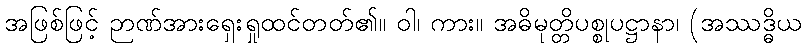
အဖြစ်ဖြင့် ဉာဏ်အားရှေးရှုထင်တတ်၏။ ဝါ၊ ကား။ အဓိမုတ္တိပစ္စုပဋ္ဌာနာ၊ (အဿဒ္ဓိယ